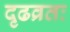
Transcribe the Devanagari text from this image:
दृढव्रतः